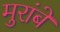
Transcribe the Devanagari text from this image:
मुरांबे